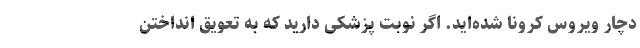
دچار ویروس کرونا شده‌اید. اگر نوبت پزشکی دارید که به تعویق انداختن